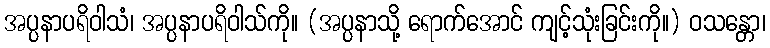
အပ္ပနာပရိဝါသံ၊ အပ္ပနာပရိဝါသ်ကို။ (အပ္ပနာသို့ ရောက်အောင် ကျင့်သုံးခြင်းကို။) ဝသန္တော၊